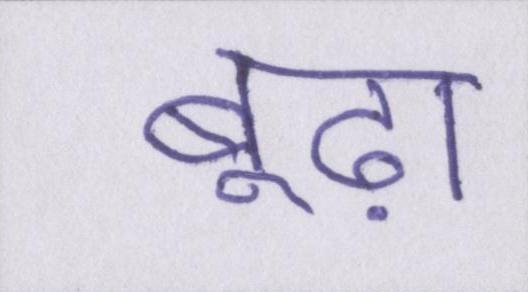
बूढ़ा